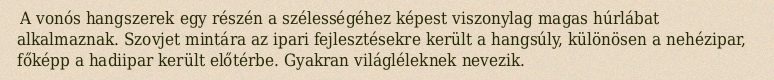
A vonós hangszerek egy részén a szélességéhez képest viszonylag magas húrlábat alkalmaznak. Szovjet mintára az ipari fejlesztésekre került a hangsúly, különösen a nehézipar, főképp a hadiipar került előtérbe. Gyakran világléleknek nevezik.